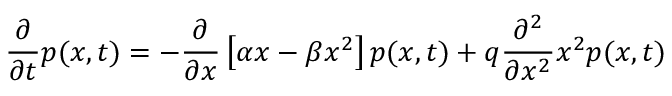
\frac { \partial } { \partial t } p ( x , t ) = - \frac { \partial } { \partial x } \left[ \alpha x - \beta x ^ { 2 } \right] p ( x , t ) + q \frac { \partial ^ { 2 } } { \partial x ^ { 2 } } x ^ { 2 } p ( x , t )